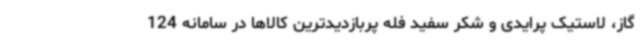
گاز، لاستیک پرایدی و شکر سفید فله پربازدیدترین کالاها در سامانه 124